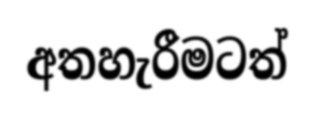
අතහැරීමටත්